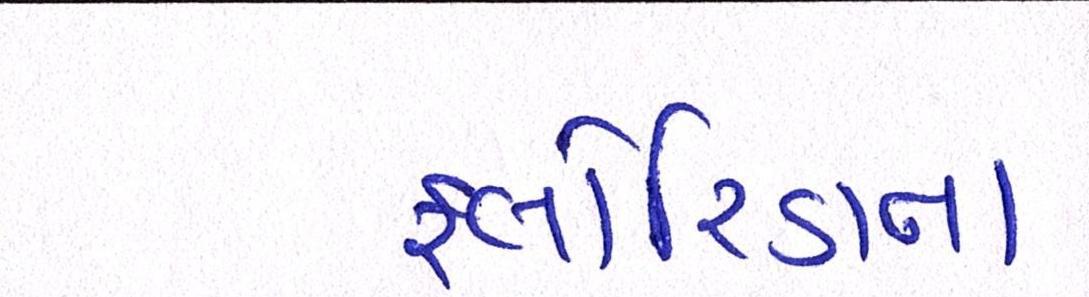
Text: ફ્લોરિડાના